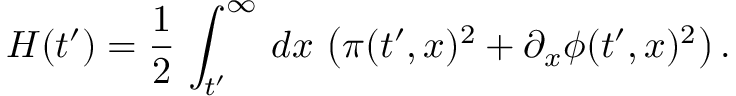
H ( t ^ { \prime } ) = { \frac { 1 } { 2 } } \, \int _ { t ^ { \prime } } ^ { \infty } \, d x \, \left( \pi ( t ^ { \prime } , x ) ^ { 2 } + \partial _ { x } \phi ( t ^ { \prime } , x ) ^ { 2 } \right) .